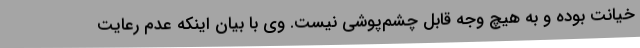
خیانت بوده و به هیچ وجه قابل چشم‌پوشی نیست. وی با بیان اینکه عدم رعایت